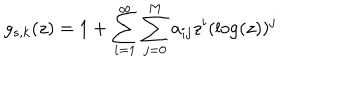
g _ { s , k } ( z ) = 1 + \sum _ { i = 1 } ^ { \infty } \sum _ { j = 0 } ^ { M } a _ { i j } z ^ { i } ( \log ( z ) ) ^ { j }